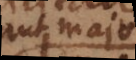
aut majora